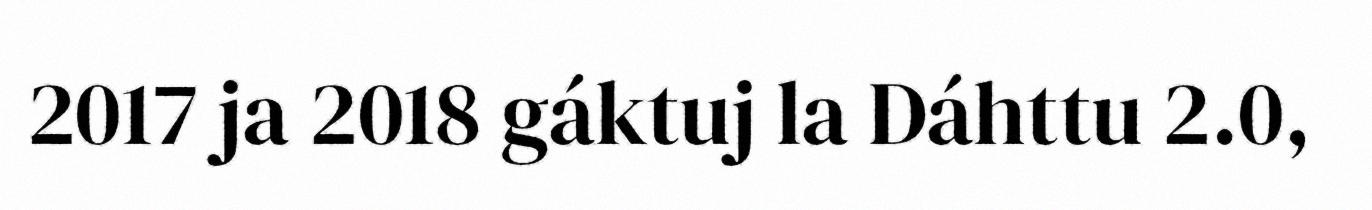
2017 ja 2018 gáktuj la Dáhttu 2.0,